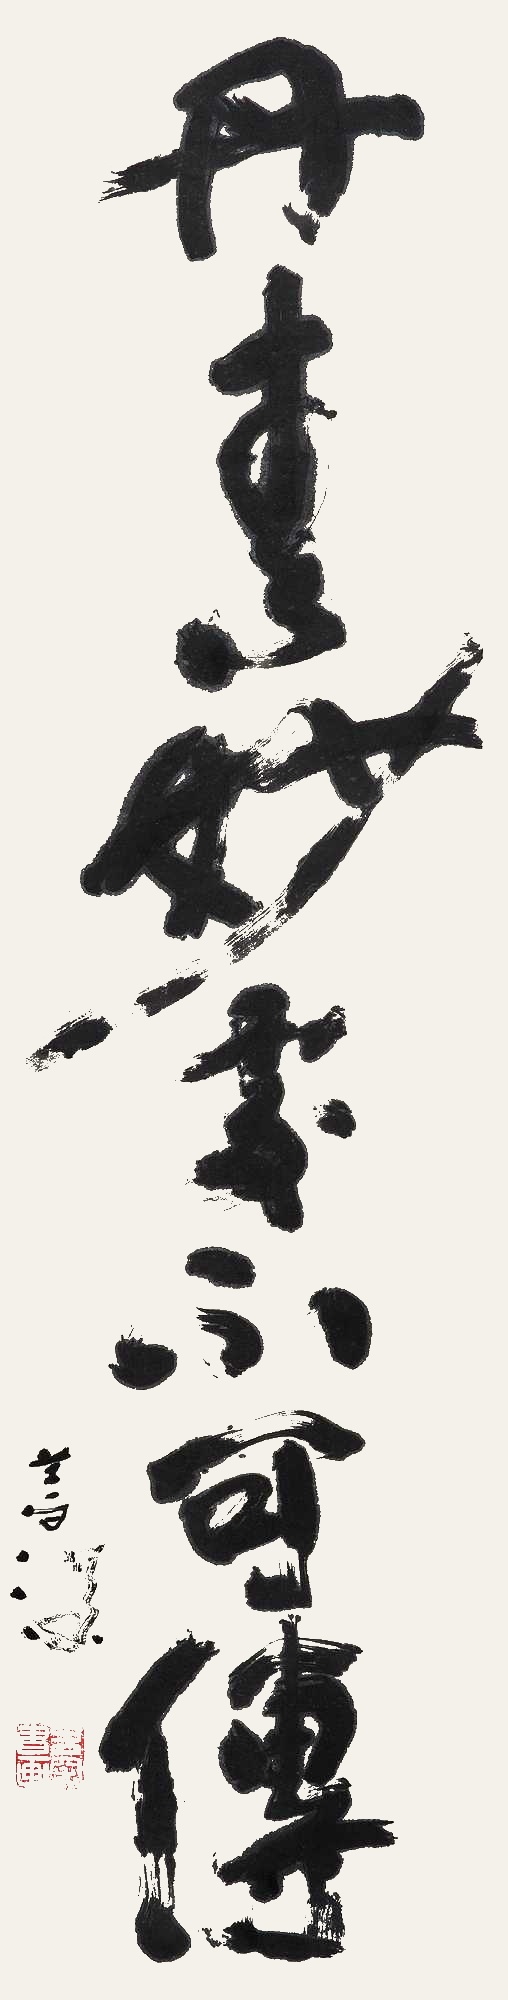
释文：丹青妙处不可传善深。